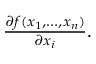
\textstyle { \frac { \partial f ( x _ { 1 } , \ldots , x _ { n } ) } { \partial x _ { i } } } .